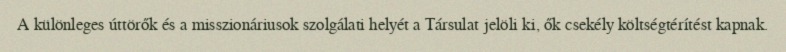
A különleges úttörők és a misszionáriusok szolgálati helyét a Társulat jelöli ki, ők csekély költségtérítést kapnak.